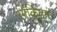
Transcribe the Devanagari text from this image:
निकितन